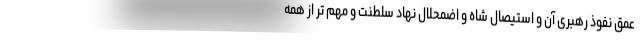
عمق نفوذ رهبری آن و استیصال شاه و اضمحلال نهاد سلطنت و مهم تر از همه